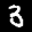
Label: 3